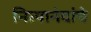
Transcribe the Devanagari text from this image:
नित्यानंदांचे